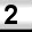
Digit: 2